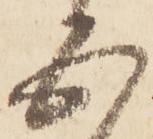
五